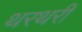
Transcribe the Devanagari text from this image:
थरथरी